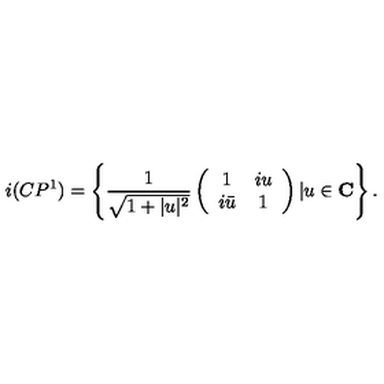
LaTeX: i ( C P ^ { 1 } ) = \left\{ \frac { 1 } { \sqrt { 1 + | u | ^ { 2 } } } \left( \begin{array} { c c } { 1 } & { i u } \\ { i \bar { u } } & { 1 } \\ \end{array} \right) | u \in \bf C \right\} .